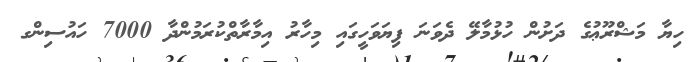
ހިޔާ މަޝްރޫޢުގެ ދަށުން ހުޅުމާލޭ ދެވަނަ ފިޔަވަހީގައި މިހާރު އިމާރާތްކުރަމުންދާ 7000 ހައުސިންގ